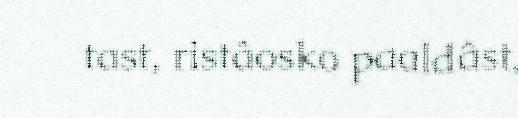
tast, ristâosko paaldâst.